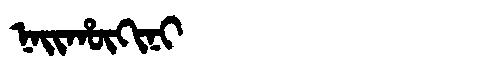
Manchu: ᠨᠠᡳᡥᡡᡴᡳᠨᡳ
Romanization: NAIHŪKINI